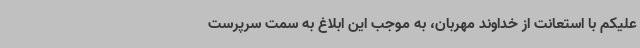
علیکم با استعانت از خداوند مهربان، به موجب این ابلاغ به سمت سرپرست